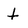
Character: t